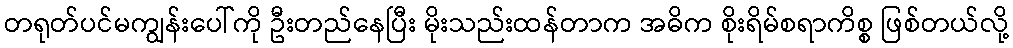
တရုတ်ပင်မကျွန်းပေါ်ကို ဦးတည်နေပြီး မိုးသည်းထန်တာက အဓိက စိုးရိမ်စရာကိစ္စ ဖြစ်တယ်လို့